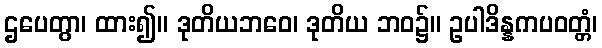
ဌပေတွာ၊ ထား၍။ ဒုတိယဘဝေ၊ ဒုတိယ ဘဝ၌။ ဥပါဒိန္နကပဝတ္တံ၊